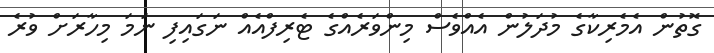
ގޮތުން އެމެރިކާގެ މުދަލުން އެއްވެސް މިންވަރެއްގެ ޓެރިފްއެއް ނަގައިފި ނަމަ މިހާރަށް ވުރެ